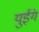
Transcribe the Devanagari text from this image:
युईंग